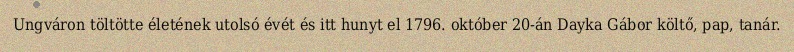
Ungváron töltötte életének utolsó évét és itt hunyt el 1796. október 20-án Dayka Gábor költő, pap, tanár.